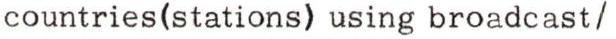
countries(stations) using broadcast/